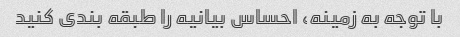
با توجه به زمینه، احساس بیانیه را طبقه بندی کنید